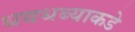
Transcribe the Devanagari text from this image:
धबधब्याकडे